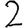
Digit: 2